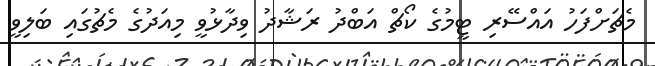
މެޗަށްފަހު އައްސޭރި ޓީމުގެ ކޯޗް އަބްދު ރަޝާދު ވިދާޅުވީ މިއަދުގެ މެޗުގައި ބަލިވީ